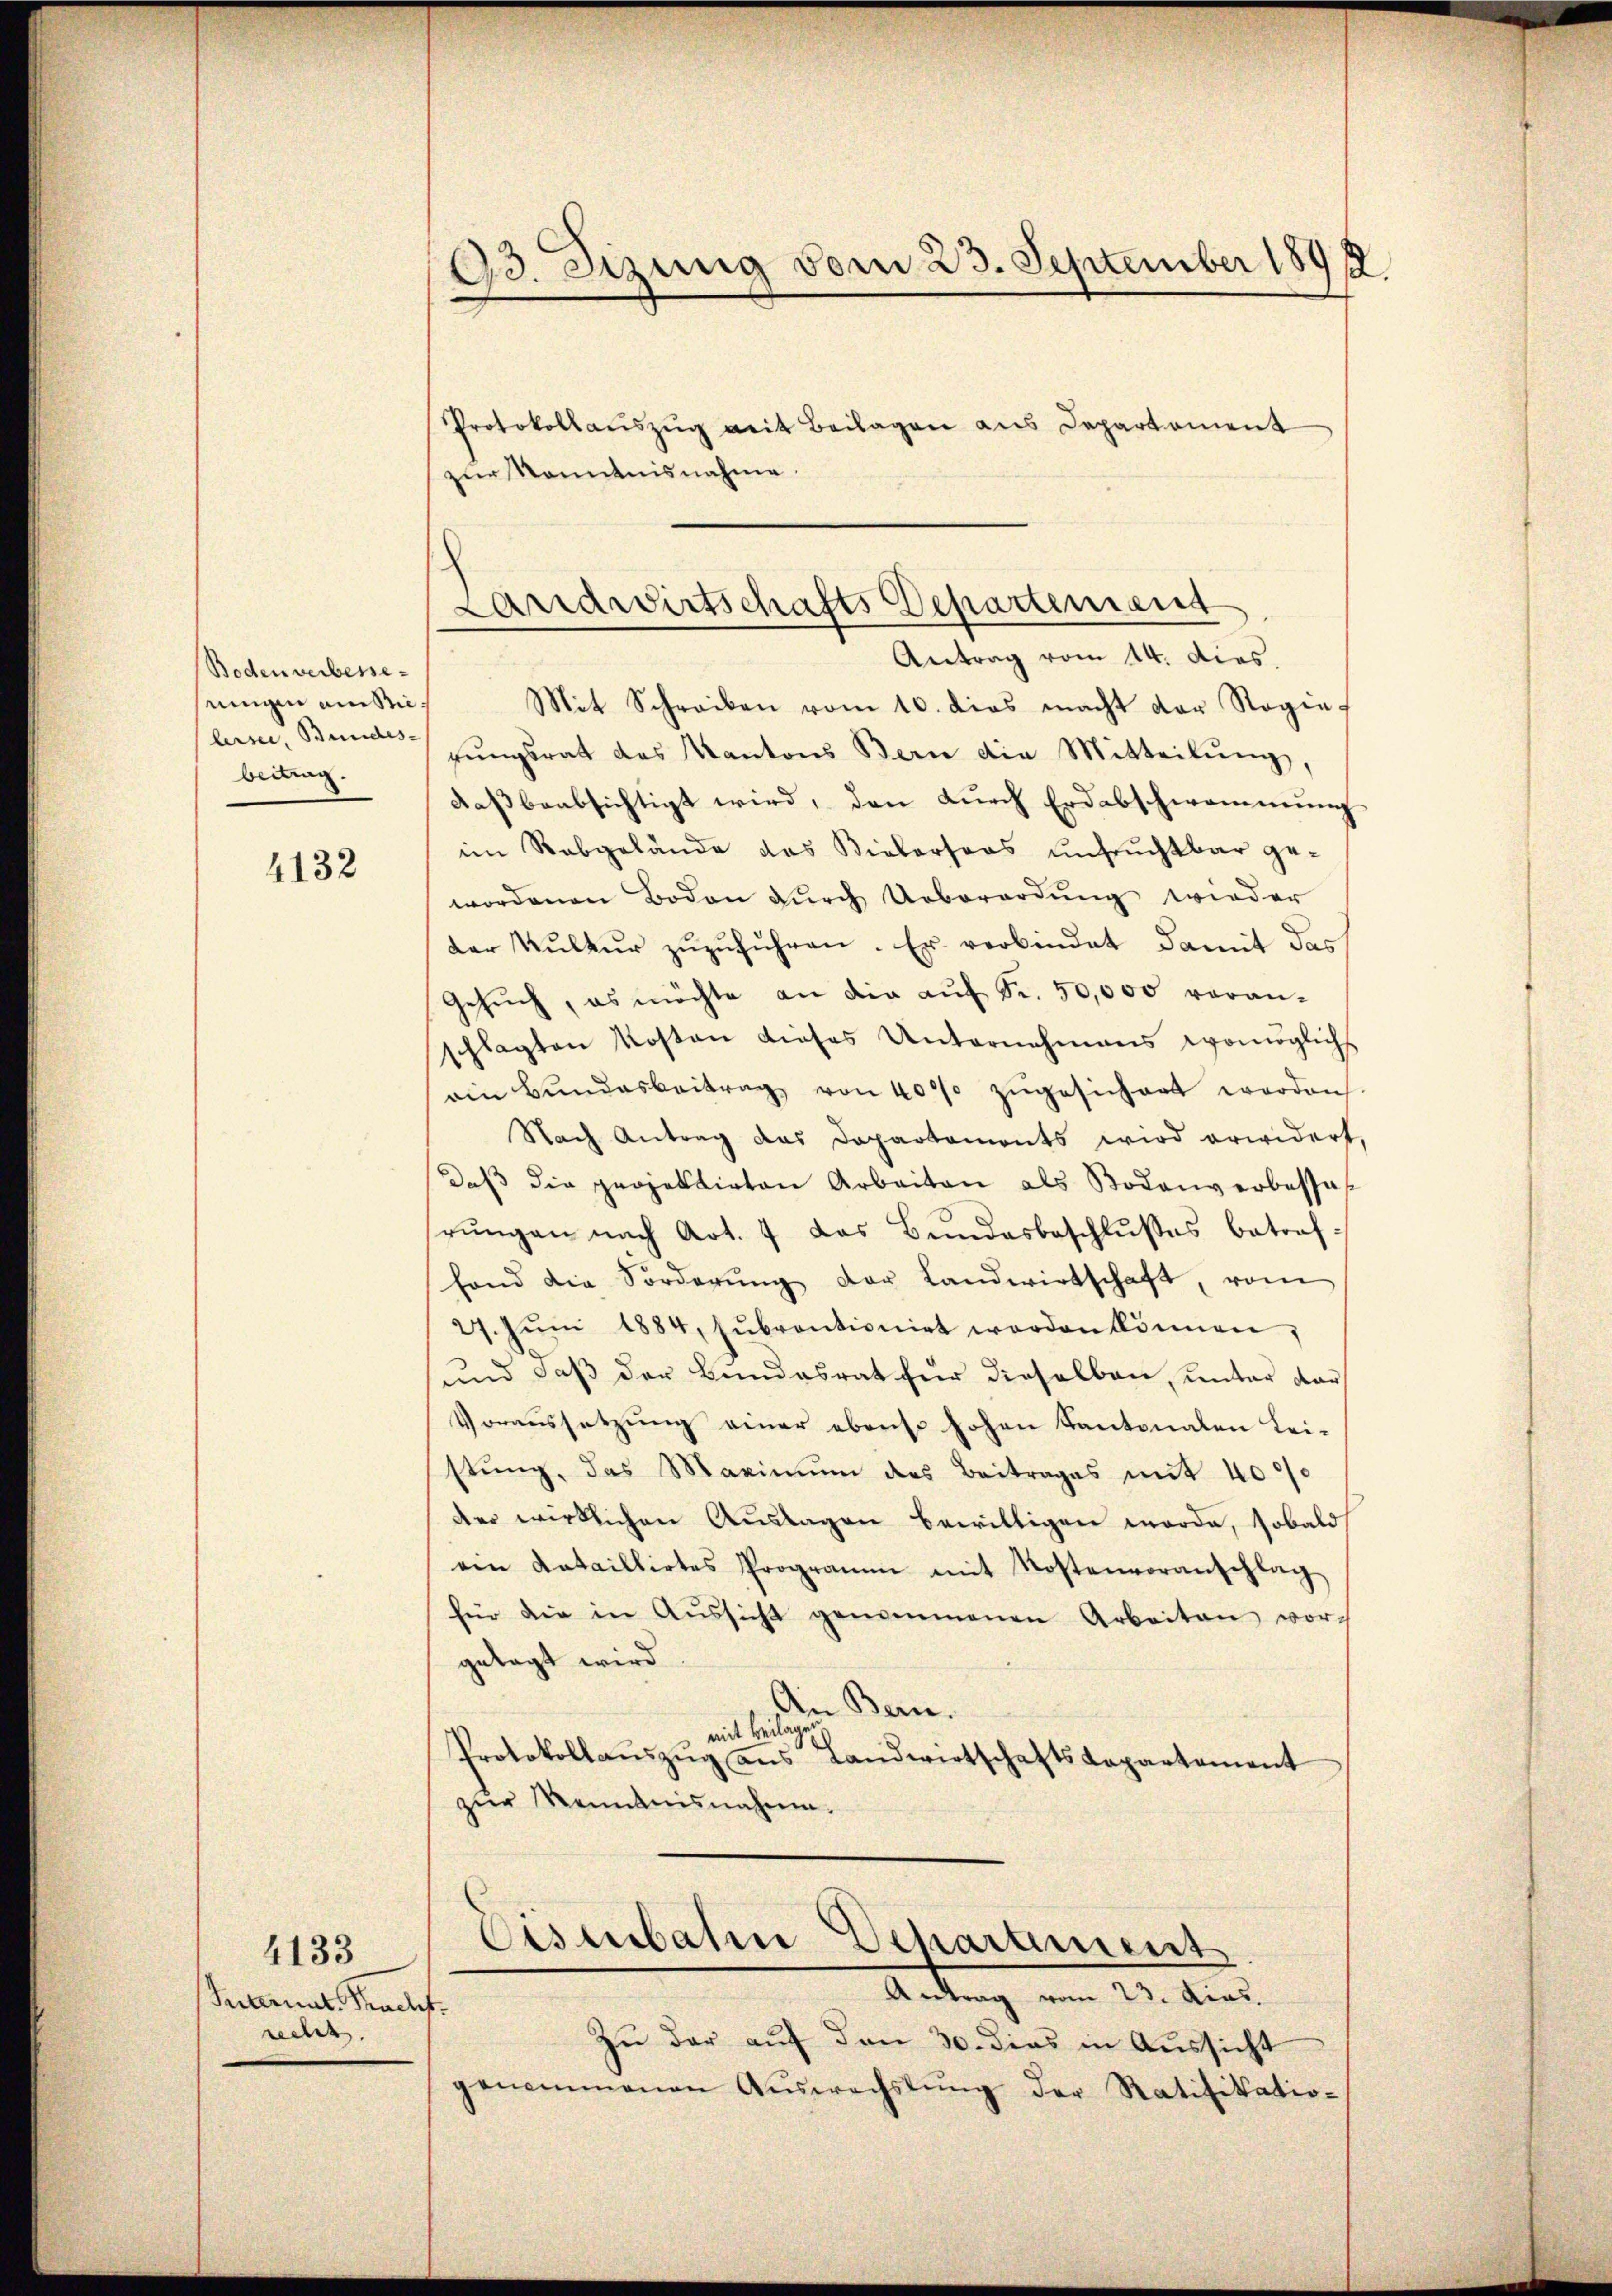
Boden verbesseningen am Nielersee, Bundes-
beitung.

4132

4133
Samnat-Tracht.
recht.

Protokollaŭszŭg mit Beilagen aus Departement
zur Kenntnisnahme.
Mit Schreiben vom 10. dies macht der Regierŭngsrat des Kantons Bern die Mitteilŭng,
daß beabsichtigt wird, den durch Erdabschwommung
im Rabgelände das Biebersers unfruchtbar ge-
wordenen Boden dŭrch Ueberordŭng wieder
der Kŭlkŭr zŭzŭführen. Er verbindet damit das
Gesŭch, es möchte an die aŭf Fr. 50,000 voranschlagten Kosten dieses Unternehmens womöglichs
ein Bundesbeitrag von 400 zugesichert worden.
Nach Antrag das Departamonts wird erwidert,
daβ die projektirten Arbeiten als Bodenverbessel
rŭngen nach Art. 4 das Bŭndesbeschlŭsses betraf-
fand die Forderŭng der Landwirtschaft, vom
27. Jŭni 1884, sŭbrontionirt worden können,
und daß der Bundesrat für dieselben, unter dar¬
Voraussetzung einer ebenso hohen Kantonalen Leistŭng, das Maximŭm des Beitrages mit 4000
der wirklichen Auslagen bewilligen worde, sobald
ein dataillirtes Programm mit Kostenvoranschlag
für die in Aŭssicht genommenen Arbeiten vorgelegt wird.
An Bern.
mit Beilagen
Protokollaŭszŭg ans Landwirtschaftsdepartement
zur Kenntnisnahme.

93. Dizung vom 23. September 1891.

Landwirtschafts Departement
Antrag vom 14. dies.

Eisenbahn Departement
Antrag vom 23. dies.

Zu der auf den 30. dies in Aussicht
genommenen Aŭswechslung der Ratifikatio-